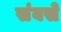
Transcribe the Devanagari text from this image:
संबसे